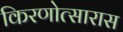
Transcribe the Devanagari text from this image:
किरणोत्सारास